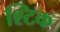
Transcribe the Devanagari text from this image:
श्टिक